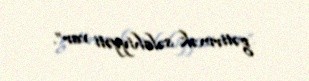
gətirmək səlahiyyəti var”.